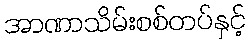
အာဏာသိမ်းစစ်တပ်နှင့်